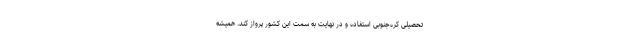
تحصیلی کره‌جنوبی استفاده و در نهایت به سمت این کشور پرواز کند. همیشه